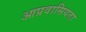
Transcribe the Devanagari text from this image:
आप्रवासियता